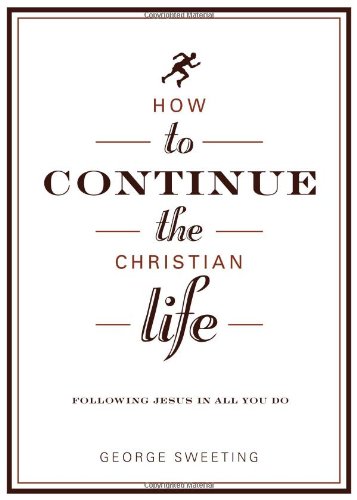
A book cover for How to Continue the Christian Life: Following Jesus in All You Do (How to the Christian Life); George Sweeting; Christian Books & Bibles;